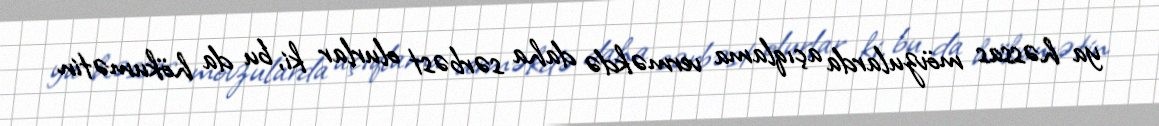
ya həssas mövzularda açıqlama verməkdə daha sərbəst olurlar ki, bu da hökumətin